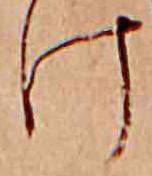
け